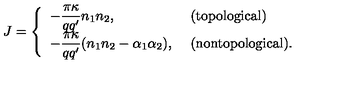
J = \left\{ \begin{array} { l l } { { \displaystyle - \frac { \pi \kappa } { q q ^ { \prime } } n _ { 1 } n _ { 2 } , } } & { \mathrm { ( t o p o l o g i c a l ) } } \\ { { \displaystyle - \frac { \pi \kappa } { q q ^ { \prime } } ( n _ { 1 } n _ { 2 } - \alpha _ { 1 } \alpha _ { 2 } ) , } \ } & { \mathrm { ( n o n t o p o l o g i c a l ) } . } \\ \end{array} \right.